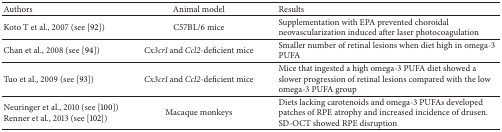
<table><thead><tr><td><b>Authors</b></td><td><b>Animal model</b></td><td><b>Results</b></td></tr></thead><tbody><tr><td> Koto T et al., 2007 (see [92])</td><td>C57BL/6 mice</td><td>Supplementation with EPA prevented choroidal neovascularization induced after laser photocoagulation</td></tr><tr><td>Chan et al., 2008 (see [94])</td><td><i>Cx3cr1</i> and <i>Ccl2</i>-deficient mice</td><td>Smaller number of retinal lesions when diet high in omega-3 PUFA</td></tr><tr><td>Tuo et al., 2009 (see [93])</td><td><i>Cx3cr1</i> and <i>Ccl2</i>-deficient mice</td><td>Mice that ingested a high omega-3 PUFA diet showed a slower progression of retinal lesions compared with the low omega-3 PUFA group</td></tr><tr><td>Neuringer et al., 2010 (see [100])Renner et al., 2013 (see [102])</td><td>Macaque monkeys</td><td>Diets lacking carotenoids and omega-3 PUFAs developed patches of RPE atrophy and increased incidence of drusen. SD-OCT showed RPE disruption</td></tr></tbody></table>